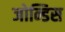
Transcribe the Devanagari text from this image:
जोन्डिस